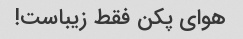
هوای پکن فقط زیباست!